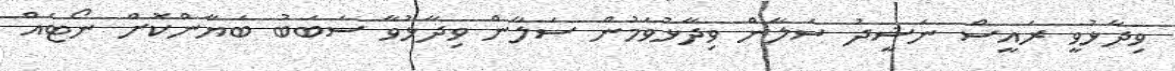
ވިދާޅުވީ ރައީސް ނަޝީދު ސަލާން ވިދާޅުވަމުން ސަލާން ވިދާޅުވާ ސަބަބު ބަޔާންކޮށް ނޯޓެއް